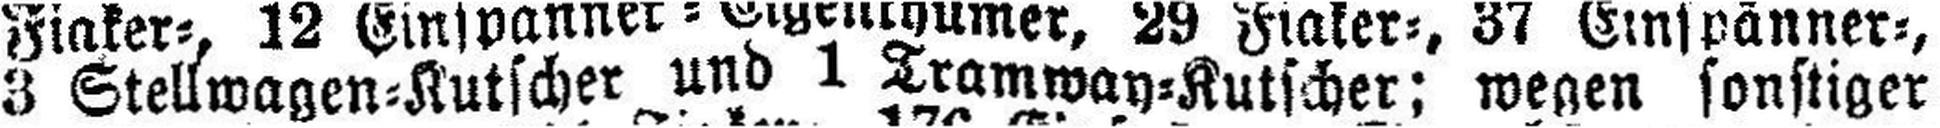
3 Stellwagen=Kutscher und 1 Tramway=Kutscher; wegen sonstiger